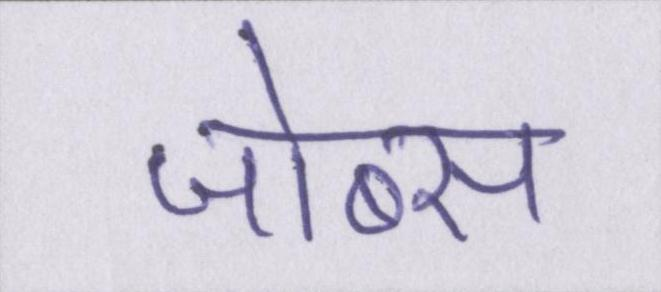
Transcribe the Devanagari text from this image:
जोब्स